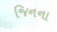
જિનના